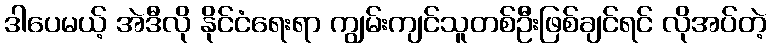
ဒါပေမယ့် အဲဒီလို နိုင်ငံရေးရာ ကျွမ်းကျင်သူတစ်ဦးဖြစ်ချင်ရင် လိုအပ်တဲ့